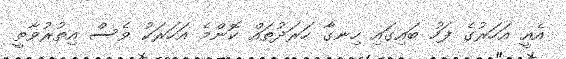
އެއީ އަހަރުގެ ފަހު ބައިގައި ހިނގާ ހަރަދުތައް ކޮންމެ އަހަރަކު ވެސް އިތުރުވާތީ